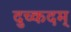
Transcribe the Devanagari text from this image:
दुच्कदम्